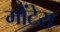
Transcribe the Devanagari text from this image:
मोंटेरा